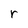
Character: r